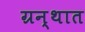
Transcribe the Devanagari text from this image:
ग्रन्थात